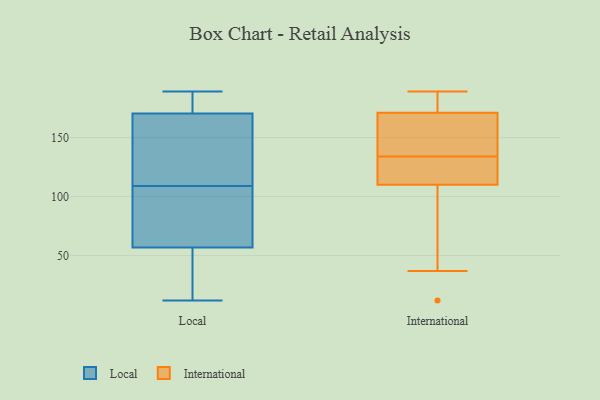
{"axis": {"x": "Conversion Rate (%)", "y": "Value"}, "legend": ["International", "Local"], "data": [{"x": "", "y": 68, "type": "Local"}, {"x": "", "y": 53, "type": "Local"}, {"x": "", "y": 185, "type": "Local"}, {"x": "", "y": 123, "type": "Local"}, {"x": "", "y": 58, "type": "Local"}, {"x": "", "y": 102, "type": "Local"}, {"x": "", "y": 126, "type": "Local"}, {"x": "", "y": 19, "type": "Local"}, {"x": "", "y": 166, "type": "Local"}, {"x": "", "y": 184, "type": "Local"}, {"x": "", "y": 109, "type": "Local"}, {"x": "", "y": 12, "type": "Local"}, {"x": "", "y": 51, "type": "Local"}, {"x": "", "y": 189, "type": "Local"}, {"x": "", "y": 111, "type": "Local"}, {"x": "", "y": 77, "type": "Local"}, {"x": "", "y": 185, "type": "Local"}, {"x": "", "y": 37, "type": "International"}, {"x": "", "y": 116, "type": "International"}, {"x": "", "y": 110, "type": "International"}, {"x": "", "y": 188, "type": "International"}, {"x": "", "y": 152, "type": "International"}, {"x": "", "y": 171, "type": "International"}, {"x": "", "y": 114, "type": "International"}, {"x": "", "y": 189, "type": "International"}, {"x": "", "y": 153, "type": "International"}, {"x": "", "y": 12, "type": "International"}]}